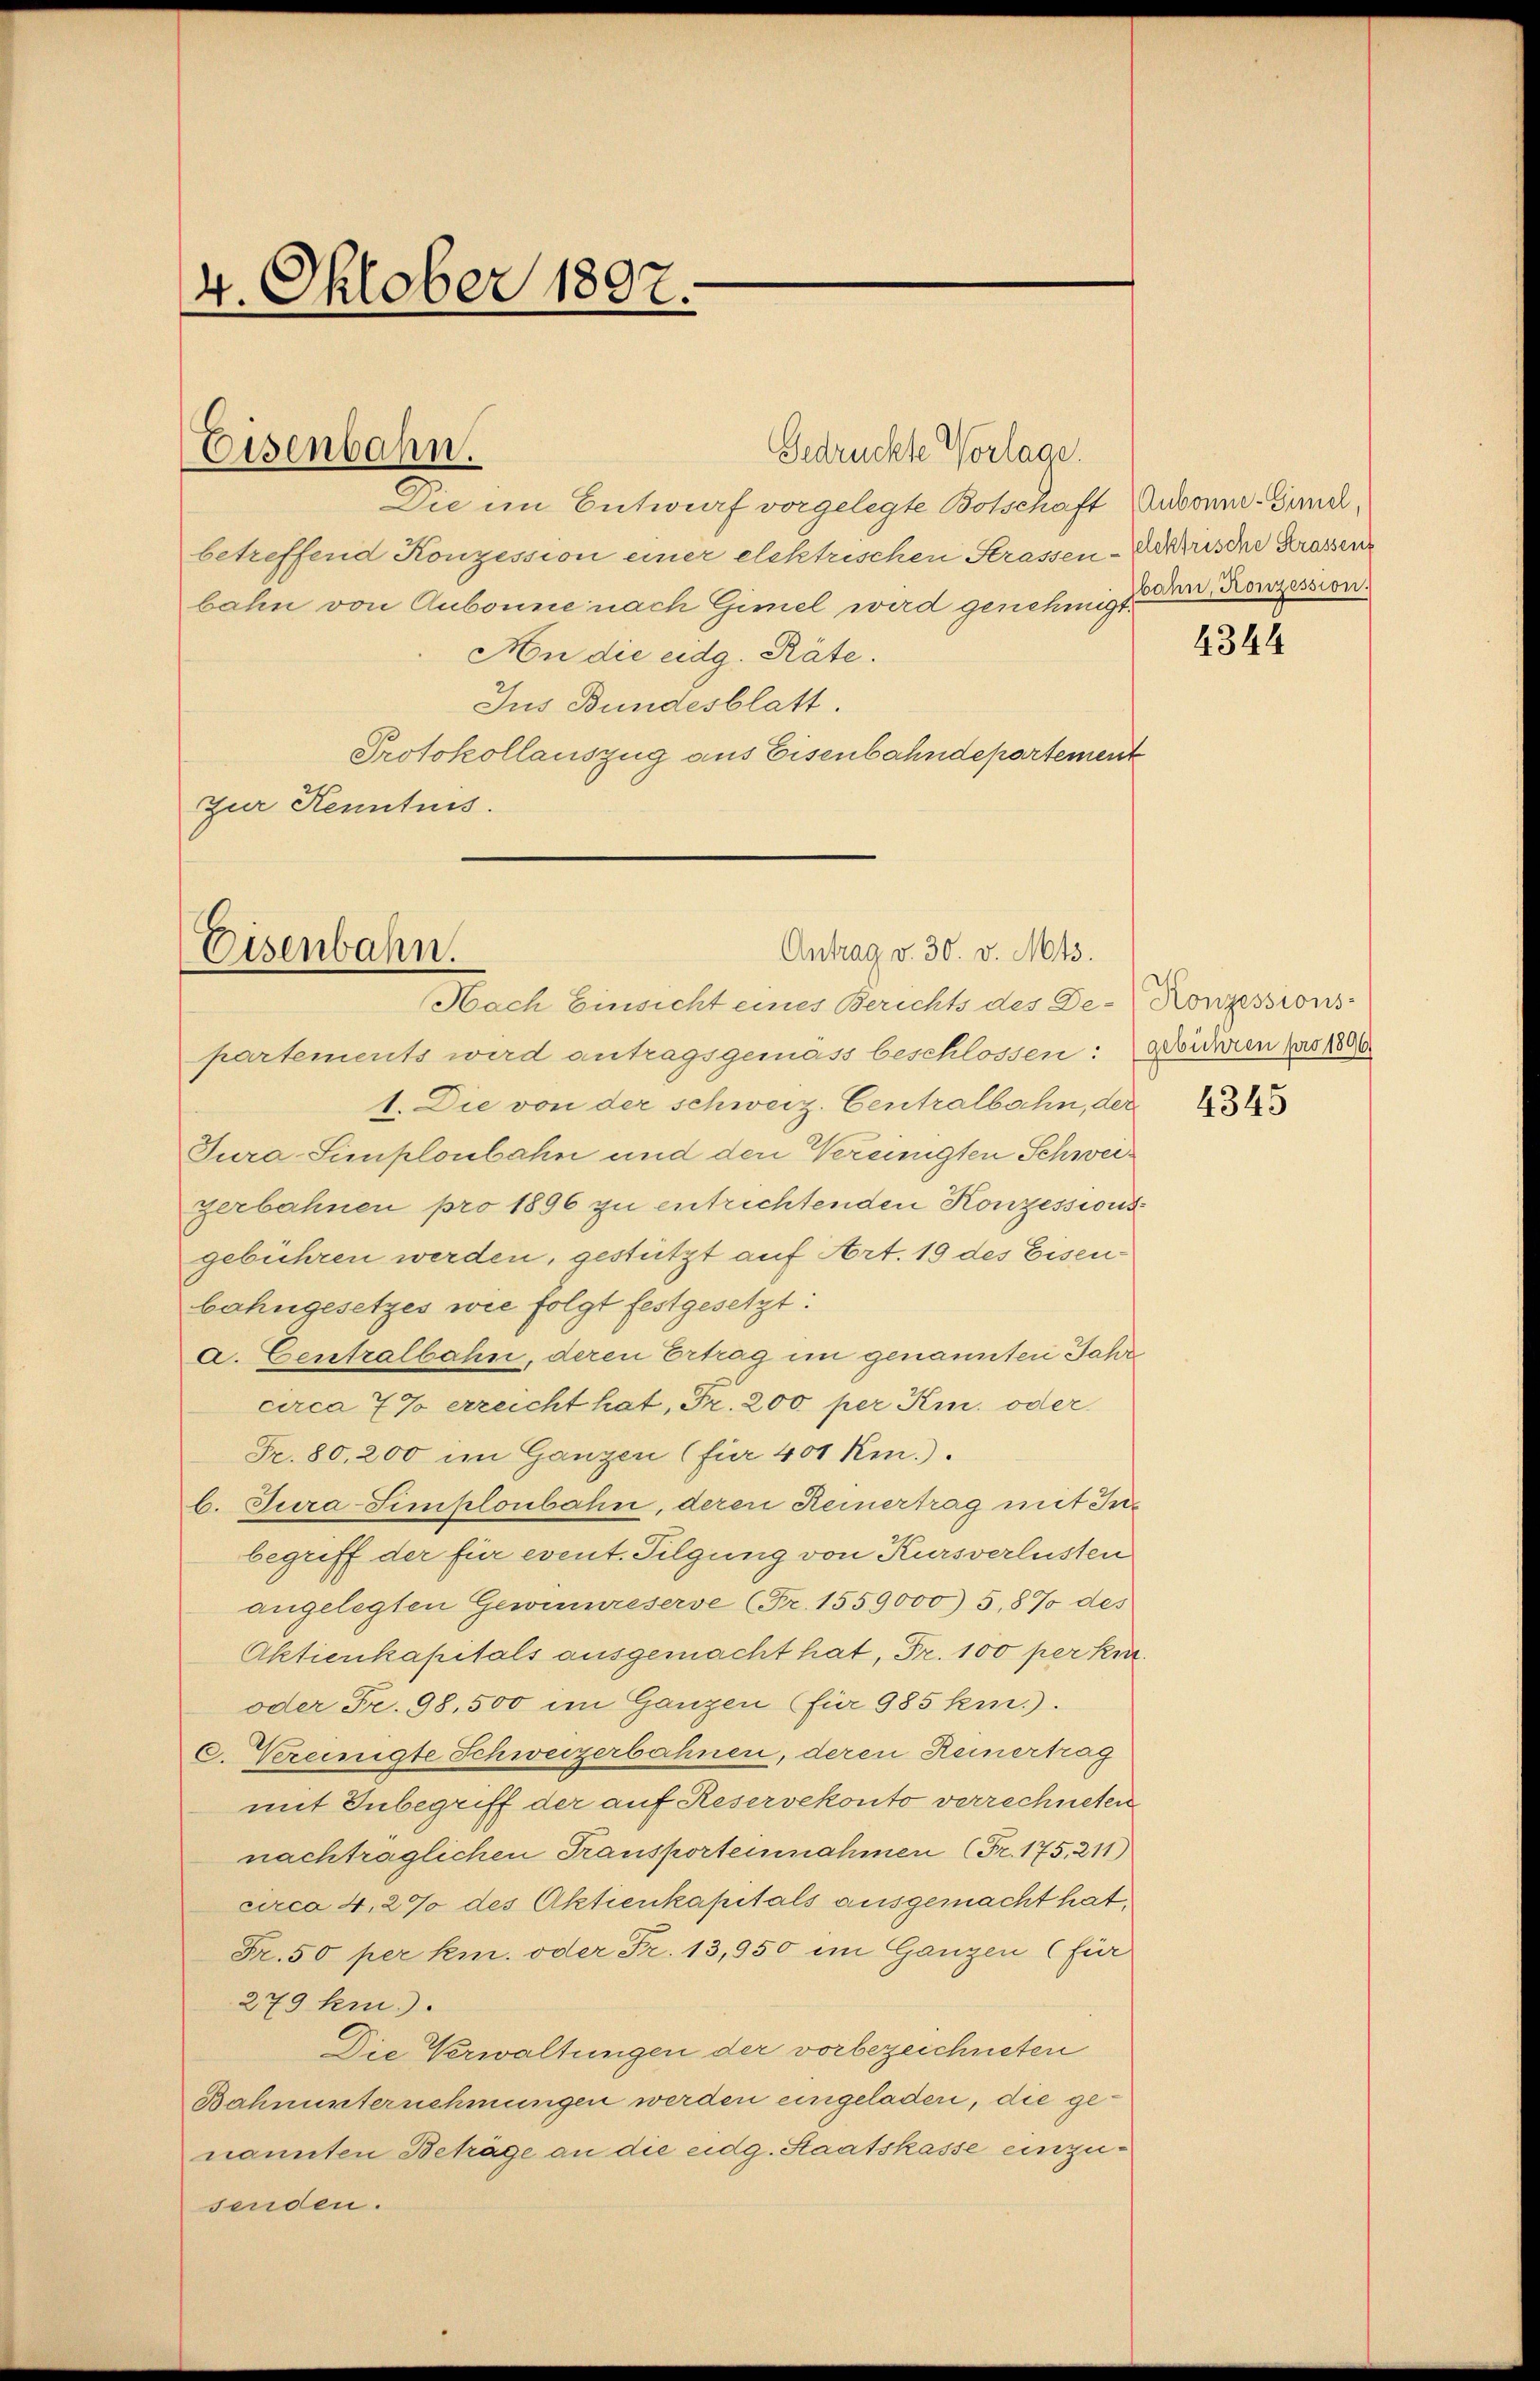
4. Oktober 1897.

Die im Entwurf vorgelegte Botschaft Ansonne-Gunchbetreffend Konzession einer elektrischen Strassen-Aerarische Krassen
bahn von Aubonne nach Gimel wird genehmigt.
An die eidg. Räte.
Jus Bundesblatt.
Protokollauszug aus Eisenbahndepartement
zur Kenntnis.

Eisenbahn.

Gedrückte Vorlage.

Eisenbahn.
Antrag v. 30. v. Mts.
Nach Einsicht eines Berichts des De-Konzessions-

partements wird antragsgemäss beschlossen: Gebühren pas 180
1. Die von der schweiz. Centralbahn, der
Tura-Simploubahn und den Vereinigten Schweigerbahnen pro 1896 zu entrichtenden Konzessionsgebühren werden, gestützt auf Art. 19 des Eisenbahngesetzes wie folgt festgesetzt:
a. Centralbahn, deren Ertrag im genannten Jahr
circa 7 % erreicht hat, Fr. 200 per Ki. oder
Fr. 80, 200 im Ganzen (für 400 km.).
b. Tura-Simploubahn, deren Keinertrag mit Inbegriff der für event. Tilgung von Kursverlusten
angelegten Gewinnreserve (Fr. 1559,000) 5,8% des
Aktienkapitals ausgemacht hat, Fr. 100 per kin
oder Fr. 98. 500 im Ganzen für 985 km.).
C. Vereinigte Schweizerbahnen, deren Reinertrag
mit Inbegriff der auf Reservekonto verrechneten
nachträglichen Transporteinnahmen (Fr. 175. 211)
circa 4,2% des Aktienkapitals ausgemacht hat,
Fr. 50 per k. oder Fr. 13,950 im Ganzen (für
279 km.).
Die Verwaltungen der vorbezeichneten
Bahnunternehmungen werden eingeladen, die genannten Beträge an die eidg. Staatskasse einzusenden.

bahn, Konzession.

2344

4345